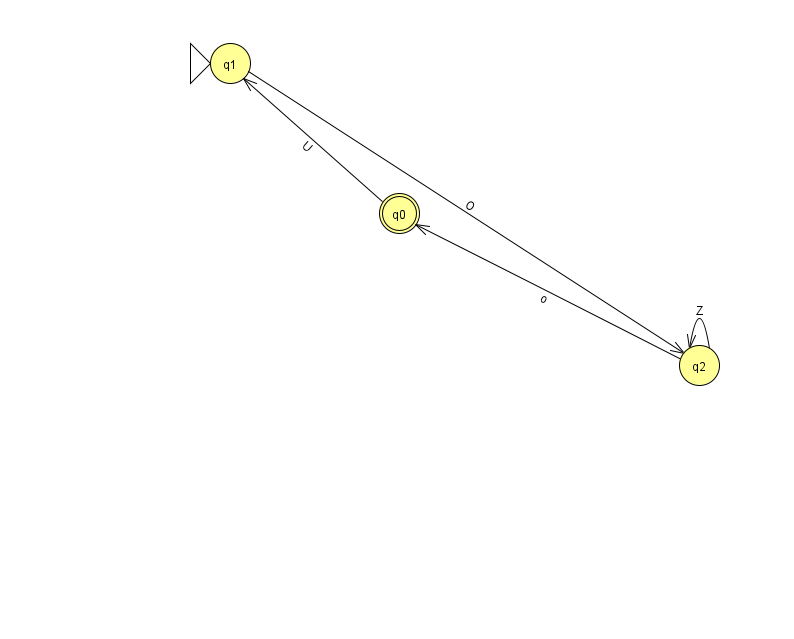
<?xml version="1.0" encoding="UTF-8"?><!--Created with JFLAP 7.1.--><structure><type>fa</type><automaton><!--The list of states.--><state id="0" name="q0"><x>399.0</x><y>200.0</y><final/></state><state id="1" name="q1"><x>230.0</x><y>50.0</y><initial/></state><state id="2" name="q2"><x>699.0</x><y>352.0</y></state><!--The list of transitions.--><transition><from>2</from><to>0</to><read>o</read></transition><transition><from>1</from><to>2</to><read>O</read></transition><transition><from>2</from><to>2</to><read>Z</read></transition><transition><from>0</from><to>1</to><read>U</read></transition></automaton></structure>